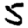
Digit: 5